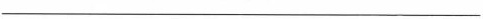
___